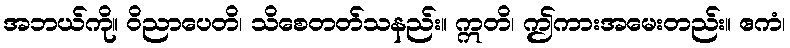
အဘယ်ကို။ ဝိညာပေတိ၊ သိစေတတ်သနည်း။ ဣတိ၊ ဤကားအမေးတည်း။ ဧကံ၊